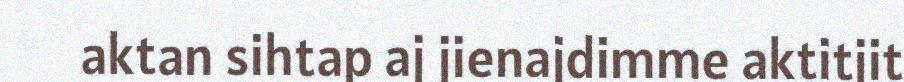
aktan sihtap aj jienajdimme aktitjit